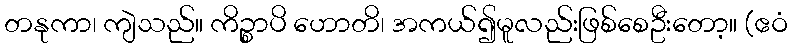
တနုကာ၊ ကျဲသည်။ ကိဉ္စာပိ ဟောတိ၊ အကယ်၍မူလည်းဖြစ်စေဦးတော့။ (ဧဝံ